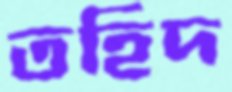
তহিদ